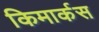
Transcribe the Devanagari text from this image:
किमार्कस